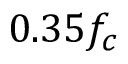
0 . 3 5 f _ { c }